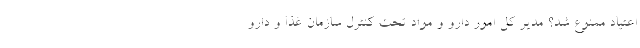
اعتیاد ممنوع شد؟ مدیر کل امور دارو و مواد تحت کنترل سازمان غذا و دارو